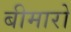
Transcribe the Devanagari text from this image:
बीमारो